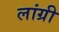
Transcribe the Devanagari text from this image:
लांग्री